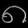
Digit: ၈